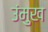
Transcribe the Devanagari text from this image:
उंमुख